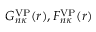
G _ { n \kappa } ^ { \mathrm { V P } } ( r ) , F _ { n \kappa } ^ { \mathrm { V P } } ( r )